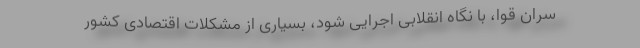
سران قوا، با نگاه انقلابی اجرایی شود، بسیاری از مشکلات اقتصادی کشور